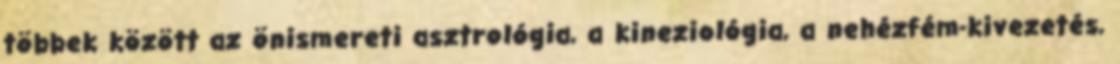
többek között az önismereti asztrológia, a kineziológia, a nehézfém-kivezetés,